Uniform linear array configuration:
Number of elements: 12
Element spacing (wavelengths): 0.5
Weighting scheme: binomial
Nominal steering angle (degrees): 0
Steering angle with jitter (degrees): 1.062
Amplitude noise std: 0.05
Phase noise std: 0.05

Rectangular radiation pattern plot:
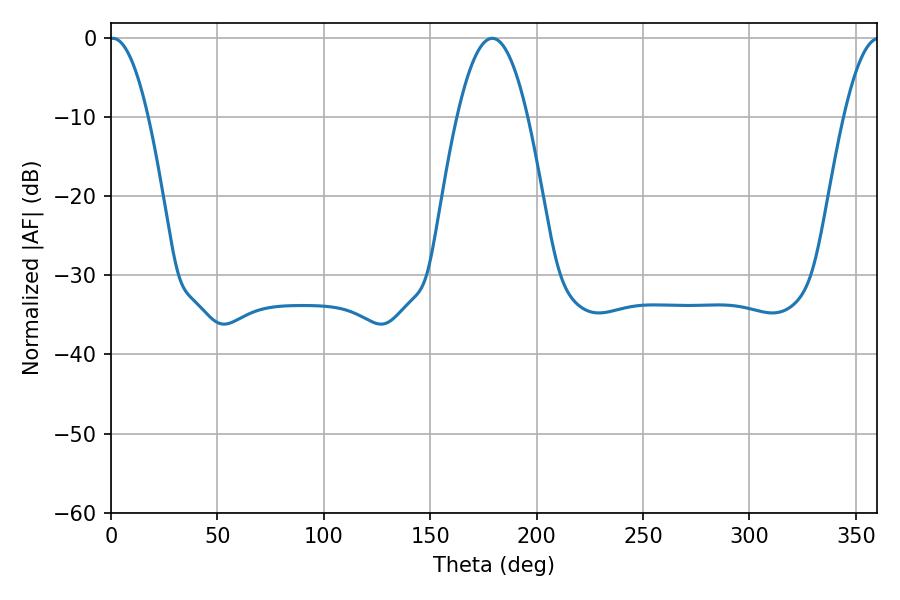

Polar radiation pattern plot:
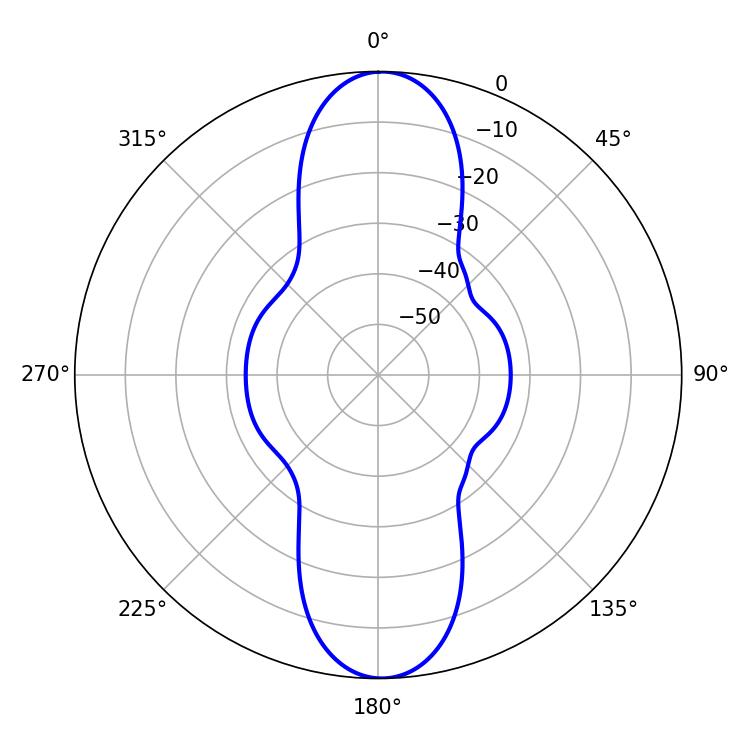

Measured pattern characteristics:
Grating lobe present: FALSE
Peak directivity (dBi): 23.118
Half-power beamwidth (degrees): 9.9
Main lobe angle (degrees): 0.9